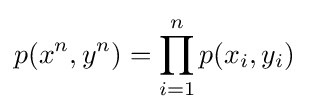
p(x^{n},y^{n})=\prod _{i=1}^{n}p(x_{i},y_{i})